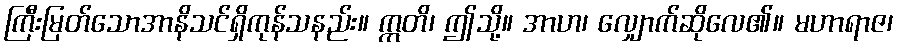
ကြီးမြတ်သောအာနိသင်ရှိကုန်သနည်း။ ဣတိ၊ ဤသို့။ အာဟ၊ လျှောက်ဆိုလေ၏။ မဟာရာဇ၊